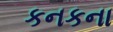
કનકના